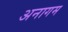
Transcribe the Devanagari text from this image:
अनागम